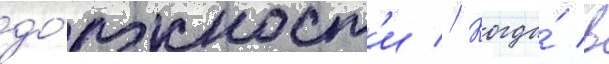
до́лжност'и // Когда́ в